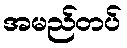
အမည်တပ်